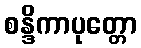
စန္ဒိကာပုတ္တော